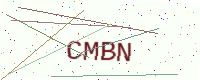
Text: CMBN